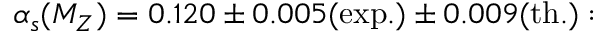
{ \alpha _ { s } ( M _ { Z } ) = 0 . 1 2 0 \pm 0 . 0 0 5 \mathrm { ( e x p . ) } \pm 0 . 0 0 9 \mathrm { ( t h . ) } : }